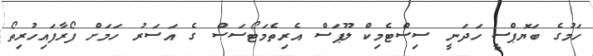
ހަމުގެ ބަޔޮޕްސީ ހަދަނީ ސިސްޓެމިކް ލޫޕަސް އެރިތެމަޓޯސަސް ގެ އަސަރު ހަމަށް ފޯރާފައިހުރިތޯ